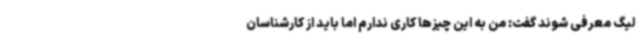
لیگ معرفی شوند گفت: من به این چیزها کاری ندارم اما باید از کارشناسان